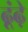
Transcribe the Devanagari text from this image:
ढूंढ़े